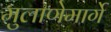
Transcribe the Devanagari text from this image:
मुलाणेमार्गे